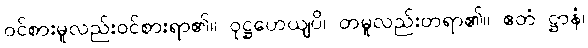
ဝင်စားမူလည်းဝင်စားရာ၏။ ဝုဋ္ဌဟေယျပိ၊ တမူလည်းတရာ၏။ ဧတံ ဋ္ဌာနံ၊